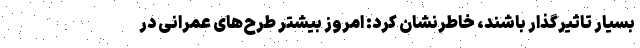
بسیار تاثیرگذار باشند، خاطرنشان کرد: امروز بیشتر طرح‌های عمرانی در